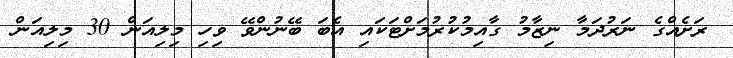
ރަށެއްގެ ނަރުދަމާ ނިޒާމު ގާއިމުކުރުމަށްޓަކައި އެބަ ބޭނުންވޭ ވިހި މިލިއަން 30 މިލިއަން